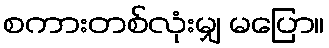
စကားတစ်လုံးမျှ မပြော။